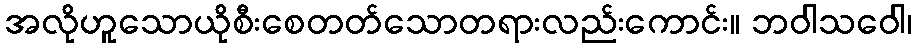
အလိုဟူသောယိုစီးစေတတ်သောတရားလည်းကောင်း။ ဘဝါသဝေါ၊